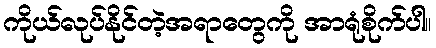
ကိုယ်လုပ်နိုင်တဲ့အရာတွေကို အာရုံစိုက်ပါ။